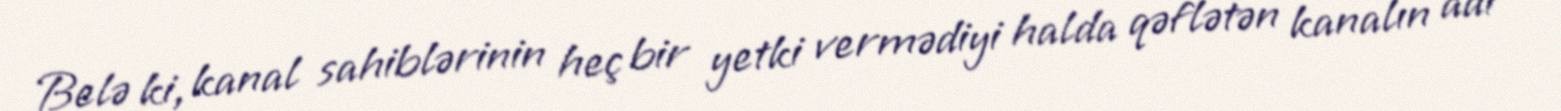
Belə ki, kanal sahiblərinin heç bir yetki vermədiyi halda qəflətən kanalın adı